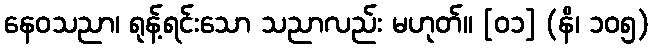
နေဝသညာ၊ ရုန့်ရင်းသော သညာလည်း မဟုတ်။ [၀၁] (နိ၊ ၁၀၅)